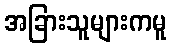
အခြားသူများကမူ